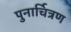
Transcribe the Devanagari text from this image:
पुनार्चित्रण